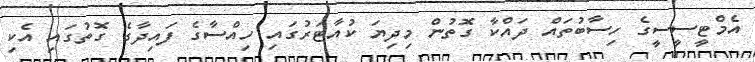
އެމްޓީސީސީގެ ހިސާބުތައް ދައްކާ ގޮތުން މިދިޔަ ކުއާޓަރުގައި ހިއްސާގެ ފައިދާގެ ގޮތުގައި އެކި